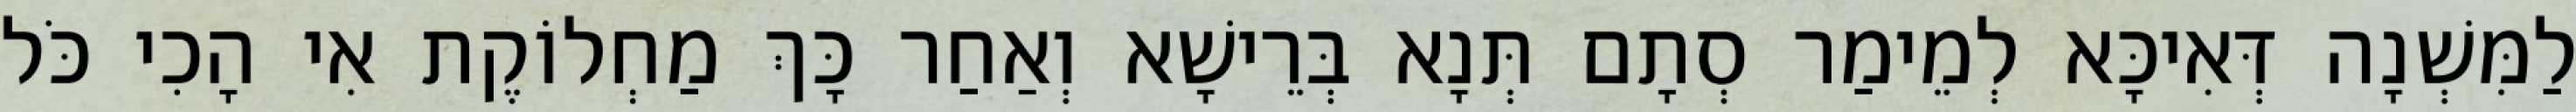
לַמִּשְׁנָה דְּאִיכָּא לְמֵימַר סְתָם תְּנָא בְּרֵישָׁא וְאַחַר כָּךְ מַחְלוֹקֶת אִי הָכִי כֹּל